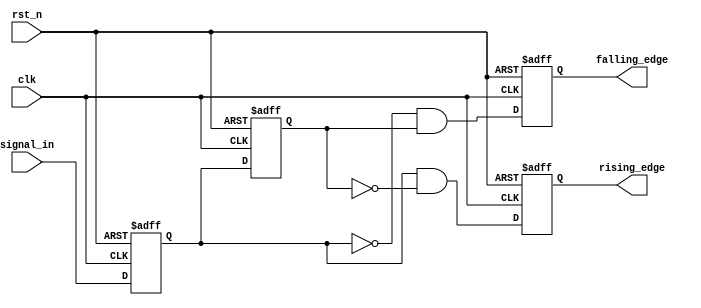
module glitch_free_edge_detector (
    input wire clk,              // Clock signal
    input wire rst_n,            // Asynchronous active-low reset
    input wire signal_in,        // Input digital signal
    output reg rising_edge,      // Output signal for rising edge detection
    output reg falling_edge      // Output signal for falling edge detection
);

    // Memory blocks to hold current and previous state
    reg current_state;
    reg previous_state;

    // Process to capture input signal and edge detection
    always @(posedge clk or negedge rst_n) begin
        if (!rst_n) begin
            // Initialize memory blocks on reset
            previous_state <= 1'b0;
            current_state <= 1'b0;
            rising_edge <= 1'b0;
            falling_edge <= 1'b0;
        end else begin
            // Update previous state to current state
            previous_state <= current_state;

            // Capture the current state of the input signal
            current_state <= signal_in;

            // Edge detection logic
            rising_edge <= (current_state && !previous_state);   // Rising edge detected
            falling_edge <= (!current_state && previous_state);  // Falling edge detected
        end
    end

endmodule